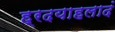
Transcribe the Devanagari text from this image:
ह्रदयाहलादं